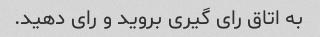
به اتاق رای گیری بروید و رای دهید.